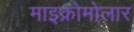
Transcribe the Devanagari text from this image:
माइक्रोमोलार